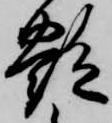
艶